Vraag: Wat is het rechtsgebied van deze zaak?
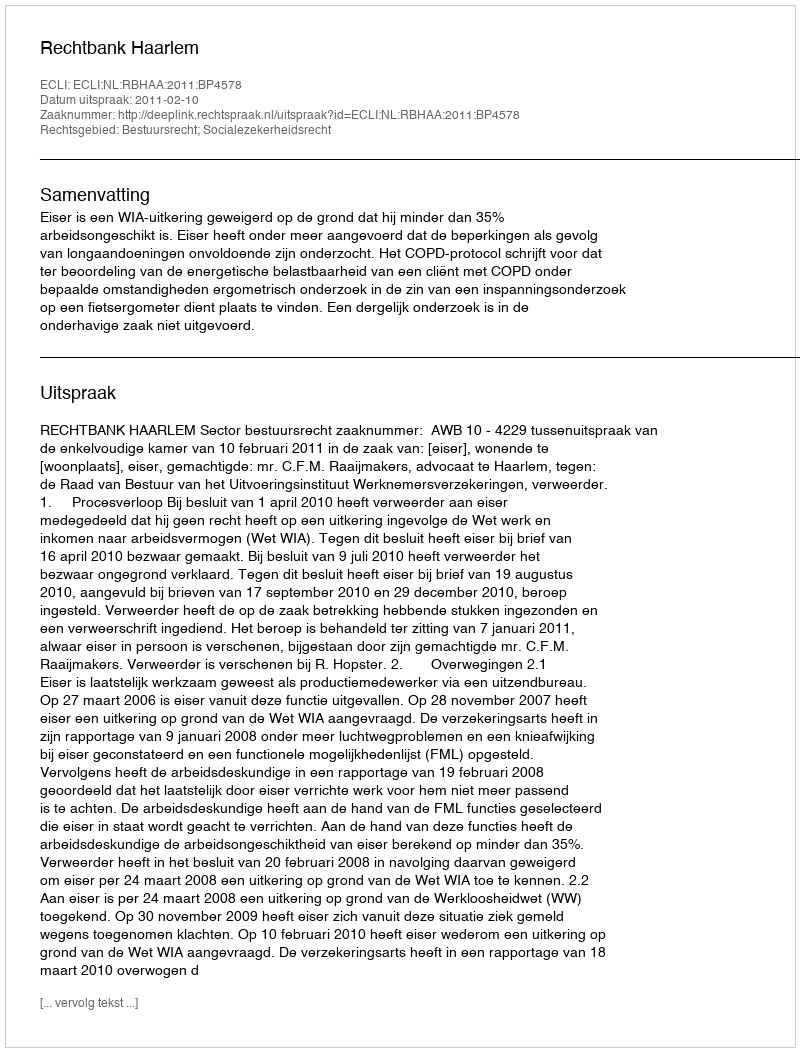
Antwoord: Bestuursrecht; Socialezekerheidsrecht